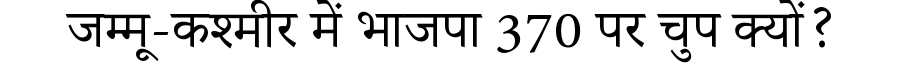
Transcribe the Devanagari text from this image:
जम्मू-कश्मीर में भाजपा 370 पर चुप क्यों?